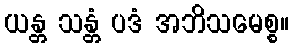
ယန္တ သန္တံ ပဒံ အဘိသမေစ္စ။